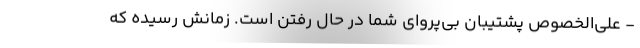
- علی‌الخصوص پشتیبان بی‌پروای شما در حال رفتن است. زمانش رسیده که